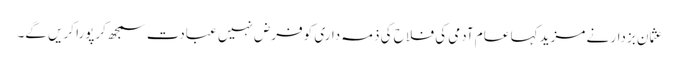
عثمان بزدار نے مزید کہا عام آدمی کی فلاح کی ذمہ داری کوفرض نہیں عبادت سمجھ کرپورا کریں گے۔